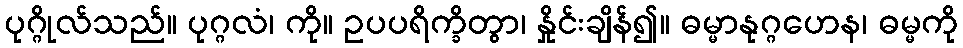
ပုဂ္ဂိုလ်သည်။ ပုဂ္ဂလံ၊ ကို။ ဥပပရိက္ခိတွာ၊ နှိုင်းချိန်၍။ ဓမ္မာနုဂ္ဂဟေန၊ ဓမ္မကို